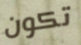
تكون